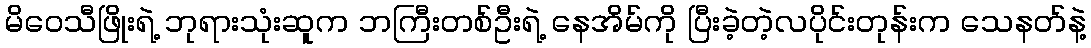
မိဝေသီဖြိုးရဲ့ ဘုရားသုံးဆူက ဘကြီးတစ်ဦးရဲ့ နေအိမ်ကို ပြီးခဲ့တဲ့လပိုင်းတုန်းက သေနတ်နဲ့